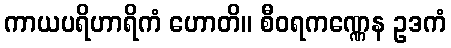
ကာယပရိဟာရိကံ ဟောတိ။ စီဝရကဏ္ဏေန ဥဒကံ